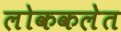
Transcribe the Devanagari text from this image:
लोककलेत